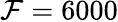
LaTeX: \mathcal{F}=6000